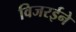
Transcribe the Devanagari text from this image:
विजरईने